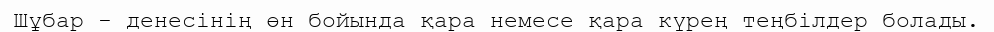
Шұбар - денесінің өн бойында қара немесе қара күрең теңбілдер болады.